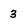
Character: 3